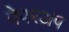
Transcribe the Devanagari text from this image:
पेपरअप